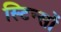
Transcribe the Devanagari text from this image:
स्टिन्सों